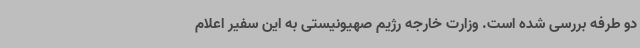
دو طرفه بررسی شده است. وزارت خارجه رژیم صهیونیستی به این سفیر اعلام